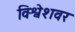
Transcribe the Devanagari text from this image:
विश्वेशवर